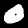
Digit: 0